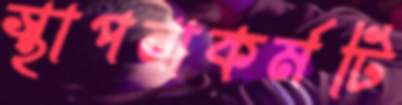
স্থাপনাকর্মটি